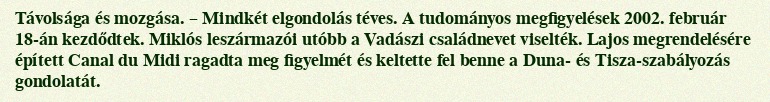
Távolsága és mozgása. – Mindkét elgondolás téves. A tudományos megfigyelések 2002. február 18-án kezdődtek. Miklós leszármazói utóbb a Vadászi családnevet viselték. Lajos megrendelésére épített Canal du Midi ragadta meg figyelmét és keltette fel benne a Duna- és Tisza-szabályozás gondolatát.